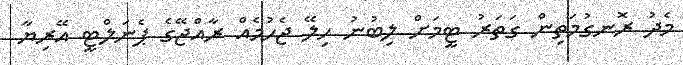
މެދު ރޮނގުމަތިން ގަތަރު ޓީމަށް ލިބުނު ހިލޭ ޖެހުމެއް ރާއްޖޭގެ ޕެނަލްޓީ އޭރިޔާ